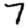
Digit: 7